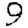
Digit: 9